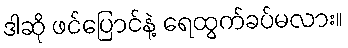
ဒါဆို ဖင်ပြောင်နဲ့ ရေထွက်ခပ်မလား။